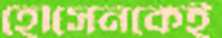
হোসেনকেই